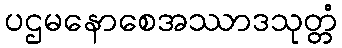
ပဌမနောစေအဿာဒသုတ္တံ